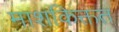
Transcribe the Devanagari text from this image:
माशकिक्तत